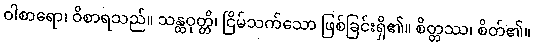
ဝါစာရော၊ ဝိစာရသည်။ သန္တဝုတ္တိ၊ ငြိမ်သက်သော ဖြစ်ခြင်းရှိ၏။ စိတ္တဿ၊ စိတ်၏။